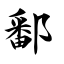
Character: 鄱